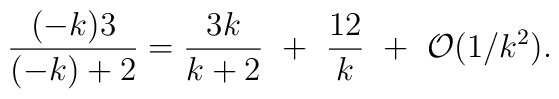
{(-k)3\over(-k)+2}={3k\over k+2}~+~{12\over k}~+~{\cal O}(1/k^2).